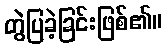
တွဲပြခဲ့ခြင်းဖြစ်၏။